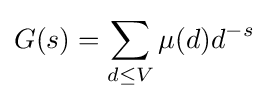
G(s)=\sum _{d\leq V}\mu (d)d^{-s}